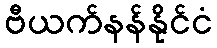
ဗီယက်နန်နိုင်ငံ